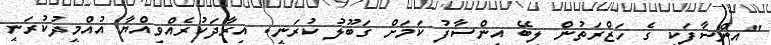
"އިންސާފަކީ ގެ ހަޒްރަތުން ލިބޭ އިންސާފު ކަމަށް ގަބޫލު ކުރަނީ. އިރާދަކުރެއްވިއްޔާ އުއްމީދުކުރަނީ